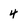
Character: 4